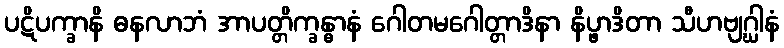
ပဋိပက္ခာနိ ဓနလာဘံ အာပတ္တိက္ခန္ဓာနံ ဂေါတမဂေါတ္တာဒိနာ နိပ္ဖာဒိတာ သီဟဗျဂ္ဃါနံ